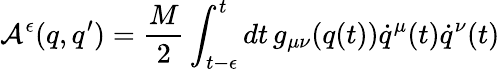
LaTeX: {\cal A}^{\epsilon}(q,q^{\prime})=\frac{M}{2}\int_{t-\epsilon}^{t}dt\, g_{\mu\nu}(q(t))\dot{q}^{\mu}(t)\dot{q}^{\nu}(t)